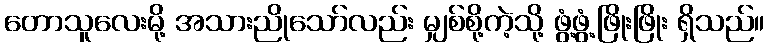
တောသူလေးမို့ အသားညိုသော်လည်း မျှစ်စို့ကဲ့သို့ ဖွံ့ဖွံ့ဖြိုးဖြိုး ရှိသည်။